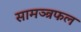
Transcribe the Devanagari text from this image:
सामञ्त्रफल